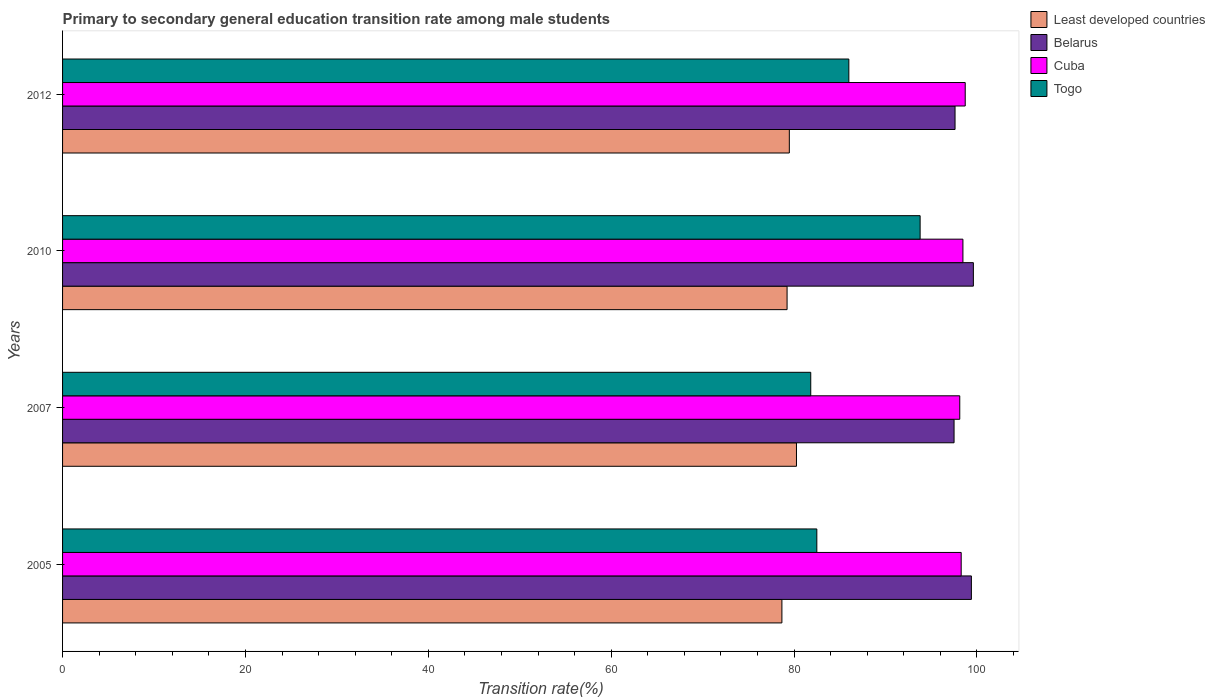
| Years | Least developed countries | Belarus | Cuba | Togo |
 | --- | --- | --- | --- | --- |
 | 2005 | 78.7 | 99.4 | 98.3 | 82.5 |
 | 2007 | 80.3 | 97.5 | 98.1 | 81.8 |
 | 2010 | 79.2 | 99.6 | 98.5 | 93.8 |
 | 2012 | 79.5 | 97.6 | 98.7 | 86 |